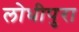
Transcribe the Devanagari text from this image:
लोधीपुरा